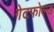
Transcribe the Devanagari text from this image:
गेटफोल्ड